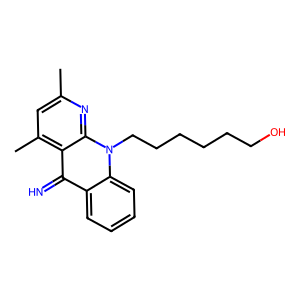
SMILES: Cc1cc(C)c2c(=N)c3ccccc3n(CCCCCCO)c2n1
Inhibits HIV replication: No